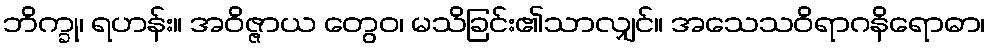
ဘိက္ခု၊ ရဟန်း။ အဝိဇ္ဇာယ တွေဝ၊ မသိခြင်း၏သာလျှင်။ အသေသဝိရာဂနိရောဓာ၊